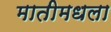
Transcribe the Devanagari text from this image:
मातीमधला